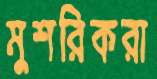
মুশরিকরা